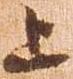
上